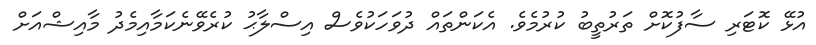
އުޅޭ ކޮޓަރި ސާފުކޮށް ތަރުތީބު ކުރުމެވެ. އެކަންތައް ދުވަހަކުވެސް އިސްލާޙު ކުރެވޭނެކަމާއިމެދު މާއިޝްއަށް